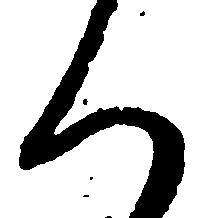
く